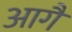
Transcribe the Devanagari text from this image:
आगैं